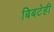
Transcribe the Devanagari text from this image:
बिबटेही